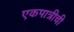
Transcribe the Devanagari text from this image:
एकपात्रीची